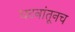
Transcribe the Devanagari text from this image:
घटनांतूनच